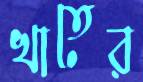
খাতের